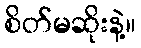
စိတ်မဆိုးနဲ့။